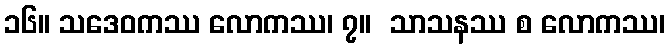
၁၆။ သဒေဝကဿ လောကဿ၊ ၇။  သာသနဿ စ လောကဿ၊